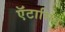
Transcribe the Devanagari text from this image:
ऍंटासिड